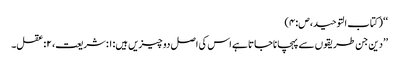
‘‘ (کتاب التوحید،ص:۴)
’’دین جن طریقوں سے پہچاناجاتا ہے اس کی اصل دو چیزیں ہیں: ۱:شریعت، ۲:عقل۔